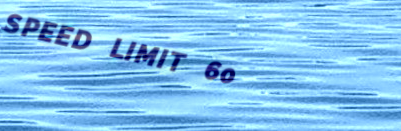
SPEED LIMIT 60